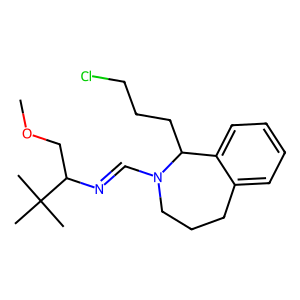
SMILES: COCC(N=CN1CCCc2ccccc2C1CCCCl)C(C)(C)C
Inhibits HIV replication: No